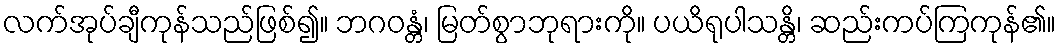
လက်အုပ်ချီကုန်သည်ဖြစ်၍။ ဘဂဝန္တံ၊ မြတ်စွာဘုရားကို။ ပယိရုပါသန္တိ၊ ဆည်းကပ်ကြကုန်၏။